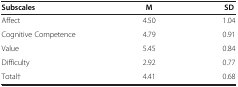
| Subscales | M | SD |
 | --- | --- | --- |
 | Affect | 4.50 | 1.04 |
 | Cognitive Competence | 4.79 | 0.91 |
 | Value | 5.45 | 0.84 |
 | Difficulty | 2.92 | 0.77 |
 | Total† | 4.41 | 0.68 |